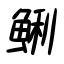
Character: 鯏